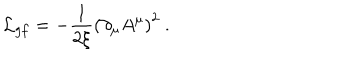
{ \cal L } _ { g f } = - \frac { 1 } { 2 \xi } \left( \partial _ { \mu } A ^ { \mu } \right) ^ { 2 } \ .